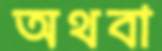
অথবা